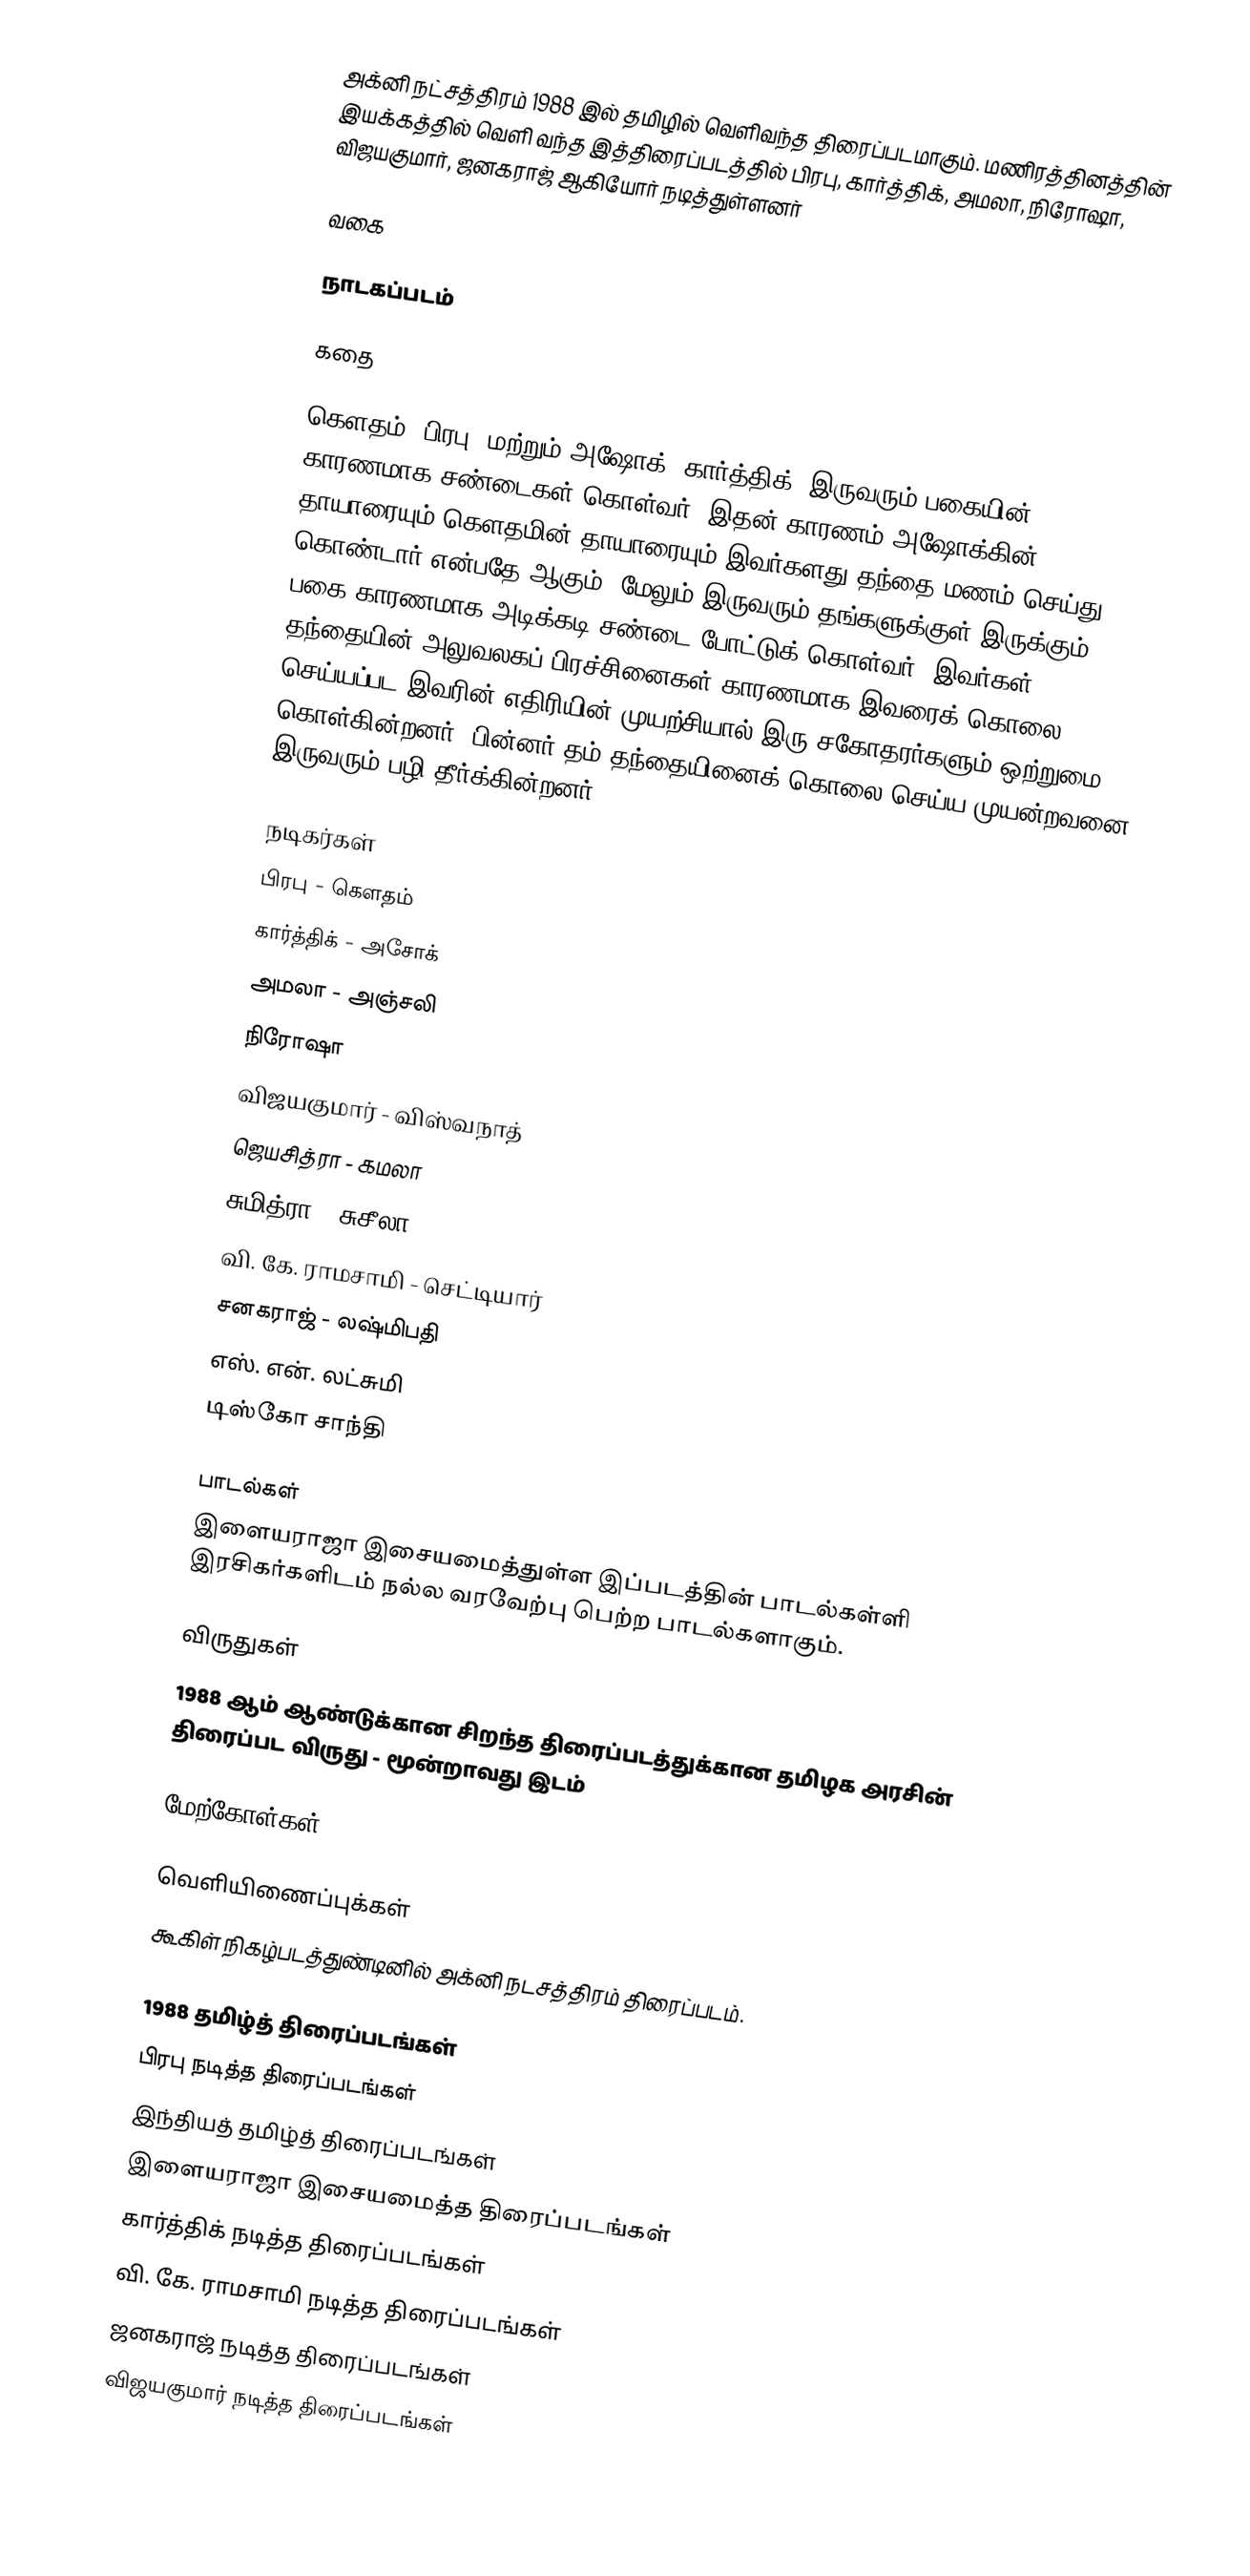
அக்னி நட்சத்திரம் 1988 இல் தமிழில் வெளிவந்த திரைப்படமாகும். மணிரத்தினத்தின் இயக்கத்தில் வெளி வந்த இத்திரைப்படத்தில் பிரபு, கார்த்திக், அமலா, நிரோஷா, விஜயகுமார், ஜனகராஜ் ஆகியோர் நடித்துள்ளனர்

வகை

நாடகப்படம்

கதை

கௌதம் (பிரபு) மற்றும் அஷோக் (கார்த்திக்) இருவரும் பகையின் காரணமாக சண்டைகள் கொள்வர். இதன் காரணம் அஷோக்கின் தாயாரையும் கௌதமின் தாயாரையும் இவர்களது தந்தை மணம் செய்து கொண்டார் என்பதே ஆகும். மேலும் இருவரும் தங்களுக்குள் இருக்கும் பகை காரணமாக அடிக்கடி சண்டை போட்டுக் கொள்வர். இவர்கள் தந்தையின் அலுவலகப் பிரச்சினைகள் காரணமாக இவரைக் கொலை செய்யப்பட இவரின் எதிரியின் முயற்சியால் இரு சகோதரர்களும் ஒற்றுமை கொள்கின்றனர். பின்னர் தம் தந்தையினைக் கொலை செய்ய முயன்றவனை இருவரும் பழி தீர்க்கின்றனர்.

நடிகர்கள்
 பிரபு - கௌதம்
 கார்த்திக் - அசோக்
 அமலா - அஞ்சலி
 நிரோஷா
 விஜயகுமார் - விஸ்வநாத்
 ஜெயசித்ரா - கமலா
 சுமித்ரா - சுசீலா
 வி. கே. ராமசாமி - செட்டியார்
 சனகராஜ் - லஷ்மிபதி
 எஸ். என். லட்சுமி
 டிஸ்கோ சாந்தி

பாடல்கள்
இளையராஜா இசையமைத்துள்ள இப்படத்தின் பாடல்கள்ளி இரசிகர்களிடம் நல்ல வரவேற்பு பெற்ற பாடல்களாகும்.

விருதுகள்
 1988 ஆம் ஆண்டுக்கான சிறந்த திரைப்படத்துக்கான தமிழக அரசின் திரைப்பட விருது  - மூன்றாவது இடம்

மேற்கோள்கள்

வெளியிணைப்புக்கள்
 கூகிள் நிகழ்படத்துண்டினில் அக்னி நடசத்திரம் திரைப்படம்.

1988 தமிழ்த் திரைப்படங்கள்
பிரபு நடித்த திரைப்படங்கள்
இந்தியத் தமிழ்த் திரைப்படங்கள்
இளையராஜா இசையமைத்த திரைப்படங்கள்
கார்த்திக் நடித்த திரைப்படங்கள்
வி. கே. ராமசாமி நடித்த திரைப்படங்கள்
ஜனகராஜ் நடித்த திரைப்படங்கள்
விஜயகுமார் நடித்த திரைப்படங்கள்